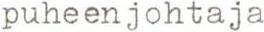
puheenjohtaja